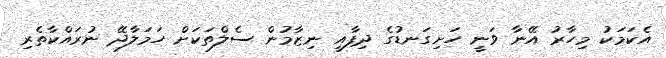
އެކަމަކު މިހާރު އޭނާ ވަނީ ހަށިިގަނޑުގެ ދިފާއީ ނިޒާމުން ސެލްތަކަށް ހަމަލާދޭ ނުރައްކާތެރި